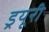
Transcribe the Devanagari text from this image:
ड्रयूरी